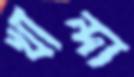
খান্দা